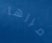
مررها